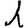
Digit: 1